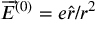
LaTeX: \overrightarrow { E } ^ { ( 0 ) } = e \hat { r } / r ^ { 2 }